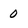
Character: 0